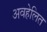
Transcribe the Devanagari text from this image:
अवहेलित